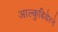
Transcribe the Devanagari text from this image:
आल्कुबियेरने